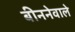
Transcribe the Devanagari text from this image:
बीननेवाले